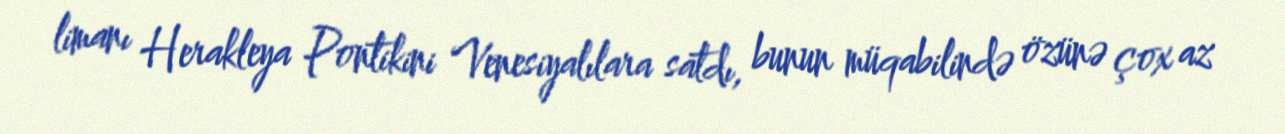
limanı Herakleya Pontikini Venesiyalılara satdı, bunun müqabilində özünə çox az